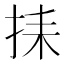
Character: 𢬗